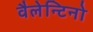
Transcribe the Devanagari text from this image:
वैलेन्टिनो